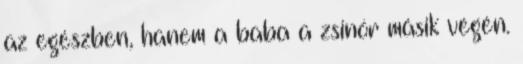
az egészben, hanem a baba a zsinór másik végén.